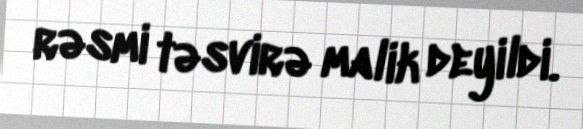
rəsmi təsvirə malik deyildi.